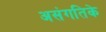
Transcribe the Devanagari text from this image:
असंगतिके